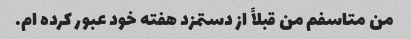
من متاسفم من قبلاً از دستمزد هفته خود عبور کرده ام.